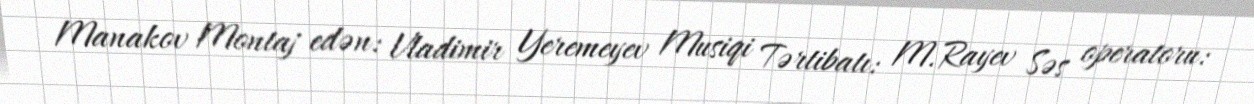
Manakov Montaj edən: Vladimir Yeremeyev Musiqi Tərtibatı: M.Rayev Səs operatoru: